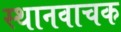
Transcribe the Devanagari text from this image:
स्थानवाचक